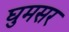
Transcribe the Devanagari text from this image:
घुमसर